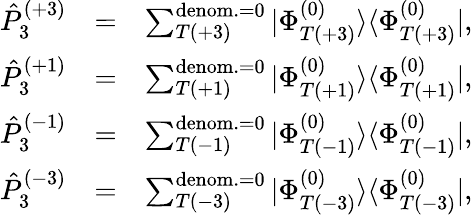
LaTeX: \begin{array}{rlr}{\hat{P}_{3}^{(+3)}}&{=}&{\sum_{T(+3)}^{{\mathrm{denom.}=0}}|\Phi_{T(+3)}^{(0)}\rangle\langle\Phi_{T(+3)}^{(0)}|,}\\ {\hat{P}_{3}^{(+1)}}&{=}&{\sum_{T(+1)}^{{\mathrm{denom.}=0}}|\Phi_{T(+1)}^{(0)}\rangle\langle\Phi_{T(+1)}^{(0)}|,}\\ {\hat{P}_{3}^{(-1)}}&{=}&{\sum_{T(-1)}^{{\mathrm{denom.}=0}}|\Phi_{T(-1)}^{(0)}\rangle\langle\Phi_{T(-1)}^{(0)}|,}\\ {\hat{P}_{3}^{(-3)}}&{=}&{\sum_{T(-3)}^{{\mathrm{denom.}=0}}|\Phi_{T(-3)}^{(0)}\rangle\langle\Phi_{T(-3)}^{(0)}|,}\end{array}